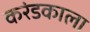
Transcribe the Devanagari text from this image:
करंडकाला